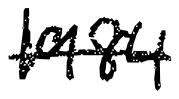
Text: 1984
Cross-out: single-line
Writing tool: digital_black